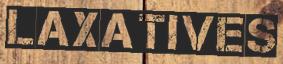
LAXATIVES